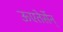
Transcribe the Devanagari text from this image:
ऊएतेर्सेन्